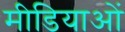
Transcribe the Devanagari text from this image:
मीडियाओं